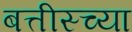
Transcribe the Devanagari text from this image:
बत्तीस्च्या